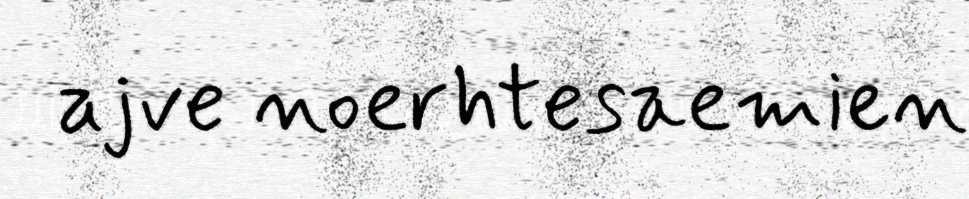
ajve noerhtesaemien